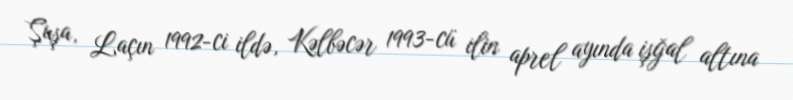
Şuşa, Laçın 1992-ci ildə, Kəlbəcər 1993-cü ilin aprel ayında işğal altına